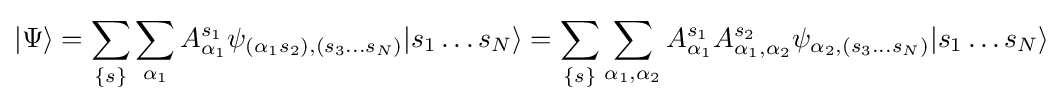
|\Psi \rangle =\sum _{\{s\}}\sum _{\alpha _{1}}A_{\alpha _{1}}^{s_{1}}\psi _{(\alpha _{1}s_{2}),(s_{3}...s_{N})}|s_{1}\ldots s_{N}\rangle =\sum _{\{s\}}\sum _{\alpha _{1},\alpha _{2}}A_{\alpha _{1}}^{s_{1}}A_{\alpha _{1},\alpha _{2}}^{s_{2}}\psi _{\alpha _{2},(s_{3}...s_{N})}|s_{1}\ldots s_{N}\rangle